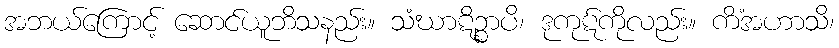
အဘယ်ကြောင့် ဆောင်ယူဘိသနည်း။ သံဃာဋိဉ္စာပိ၊ ဒုကုဋ်ကိုလည်း။ ကိံအဟာသိ၊